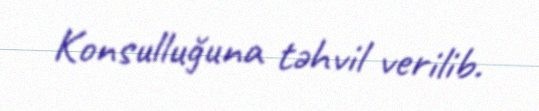
Konsulluğuna təhvil verilib.